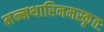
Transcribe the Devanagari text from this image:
मन्मथारिनमस्कृतः